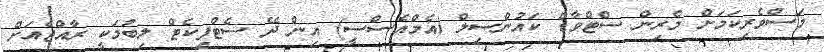
މަސްވެރިކަމަށް މެރިން ސްޓްވާޑް ކައުންސިލް (އެމްއެސްސީ) އިން ދޭ ސެޓްފިކެޓް ލިބުމަކީ ރާއްޖެއަށް